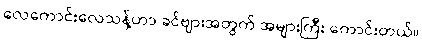
လေကောင်းလေသန့်ဟာ ခင်ဗျားအတွက် အများကြီး ကောင်းတယ်။